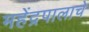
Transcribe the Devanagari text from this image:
महेंद्रपालाचे